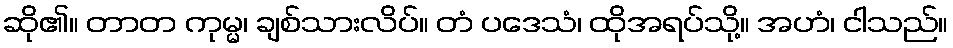
ဆို၏။ တာတ ကုမ္မ၊ ချစ်သားလိပ်။ တံ ပဒေသံ၊ ထိုအရပ်သို့။ အဟံ၊ ငါသည်။